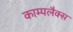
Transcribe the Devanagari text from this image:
काम्पलैक्स